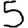
Digit: 5